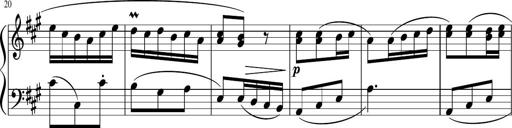
Title: 12 Keyboard Sonatinas
Composer: James Hook